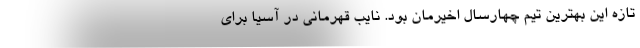
تازه این بهترین تیم چهارسال اخیرمان بود. نایب قهرمانی در آسیا برای